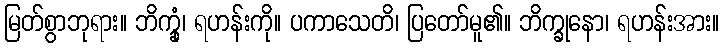
မြတ်စွာဘုရား။ ဘိက္ခုံ၊ ရဟန်းကို။ ပကာသေတိ၊ ပြတော်မူ၏။ ဘိက္ခုနော၊ ရဟန်းအား။